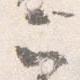
云